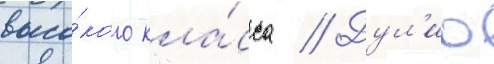
высо́кого кла́сса // Дул'ио